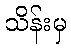
သိန်းမှ